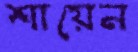
শায়েন